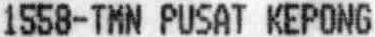
1558-TMN PUSAT KEPONG